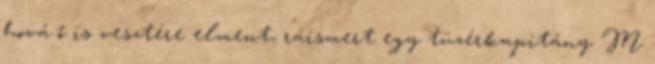
hová ő is vesztére elment, ráismert egy tüzérkapitány M